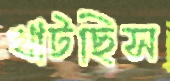
খাটছিস